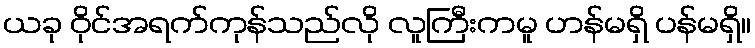
ယခု ဝိုင်အရက်ကုန်သည်လို လူကြီးကမူ ဟန်မရှိ ပန်မရှိ။